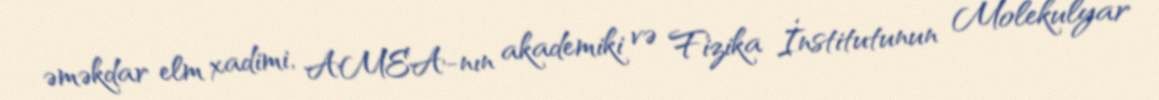
əməkdar elm xadimi, AMEA-nın akademiki və Fizika İnstitutunun Molekulyar